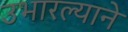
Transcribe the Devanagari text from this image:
उभारल्याने